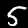
Label: 5